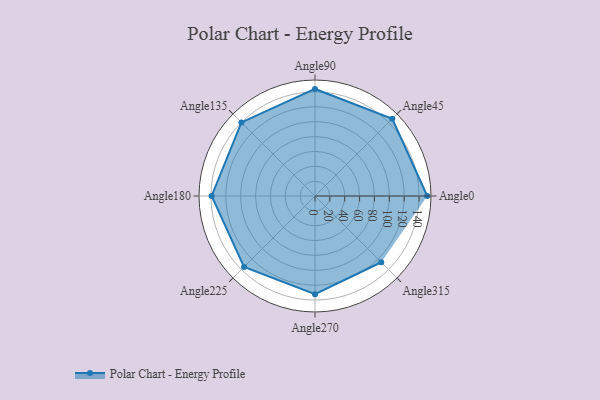
{"axis": {"x": "Angle", "y": "Radius"}, "legend": [""], "data": [{"x": "Angle0", "y": 151.0, "type": ""}, {"x": "Angle45", "y": 147.0, "type": ""}, {"x": "Angle90", "y": 144.0, "type": ""}, {"x": "Angle135", "y": 140.0, "type": ""}, {"x": "Angle180", "y": 139.0, "type": ""}, {"x": "Angle225", "y": 135.0, "type": ""}, {"x": "Angle270", "y": 132.0, "type": ""}, {"x": "Angle315", "y": 126.0, "type": ""}]}